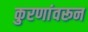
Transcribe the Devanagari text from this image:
कुरणांवरून